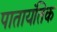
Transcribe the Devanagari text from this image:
पातायंतिक